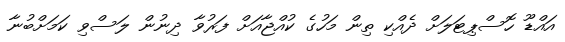
އައްޑޫ ހޮސްޕިޓަލަށް ދެއްކި ތިން މަހުގެ ކުއްޖާއަށް ފަރުވާ ދިނުން ލަސްވި ކަމަށްބުނާ